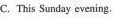
C. This Sunday evening.